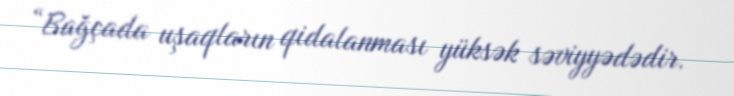
“Bağçada uşaqların qidalanması yüksək səviyyədədir.